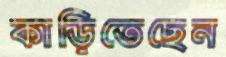
কাড়িতেছেন